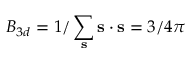
B _ { 3 d } = 1 / \sum _ { \bf s } { \bf s } \cdot { \bf s } = 3 / 4 \pi